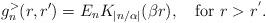
LaTeX: \begin{align*}g^>_n(r,r')=E_n K_{|n/\alpha|}(\beta r), \quad \hbox{for $r>r^{'}$.}\end{align*}